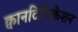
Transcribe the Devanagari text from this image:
क्वानटिफिकेशन